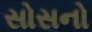
સોસનો